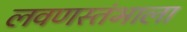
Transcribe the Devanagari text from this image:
लवणस्तंभाला